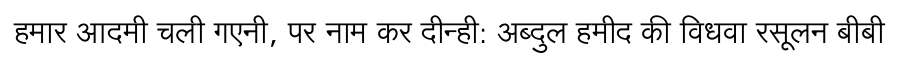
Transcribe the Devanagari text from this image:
हमार आदमी चली गएनी, पर नाम कर दीन्ही: अब्दुल हमीद की विधवा रसूलन बीबी